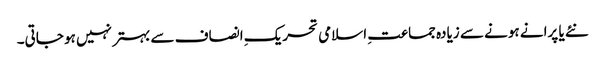
نئے یا پرانے ہونے سے زیادہ جماعتِ اسلامی تحریکِ انصاف سے بہتر نہیں ہو جاتی۔